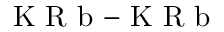
\mathrm { ~ K ~ R ~ b ~ } { - } \mathrm { ~ K ~ R ~ b ~ }